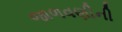
જાળવણીની